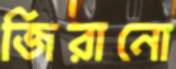
জিরানো